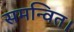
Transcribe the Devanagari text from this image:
समन्वित।